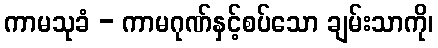
ကာမသုခံ - ကာမဂုဏ်နှင့်စပ်သော ချမ်းသာကို၊